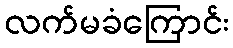
လက်မခံကြောင်း